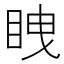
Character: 𭾫